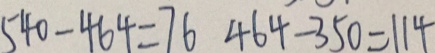
5 4 0 - 4 6 4 = 7 6 4 6 4 - 3 5 0 = 1 1 4